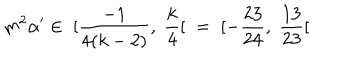
m ^ { 2 } \alpha ^ { \prime } \in \; [ \frac { - 1 } { 4 ( k - 2 ) } , \; \frac { k } { 4 } [ \; \; = \; [ - \frac { 2 3 } { 2 4 } , \; \frac { 1 3 } { 2 3 } [